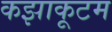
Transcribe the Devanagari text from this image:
कझाकूटम